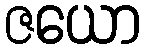
ဇယော